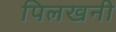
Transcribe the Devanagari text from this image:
पिलखनी